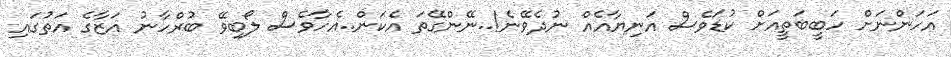
އަހަންނަށް ހަބީބަތީއަށް ކުޑަވެސް އަނިޔާއެއް ނުދެވޭނެ!..ނޭންގޭތަ އެކަން..އެހާވެސް ލޯބިވޭ ބުރްހާނު އަޒާގެ އަތުގައި